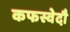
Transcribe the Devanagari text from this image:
कफस्वेदौ